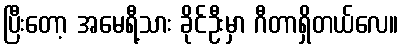
ပြီးတော့ အမေရီ့သား ခိုင်ဦးမှာ ဂီတာရှိတယ်လေ။